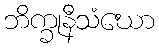
ဘိက္ခုနီသံဃော